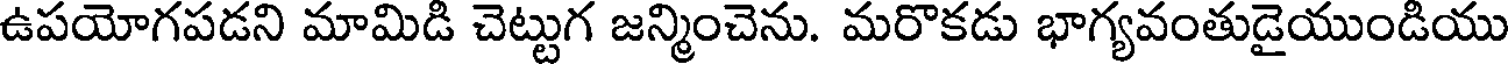
ఉపయోగపడని మామిడి చెట్టుగ జన్మించెను. మరొకడు భాగ్యవంతుడైయుండియు